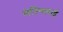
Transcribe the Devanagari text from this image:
मेस्निलाई